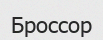
Броссор